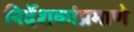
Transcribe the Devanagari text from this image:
निर्देशकांप्रमाणे